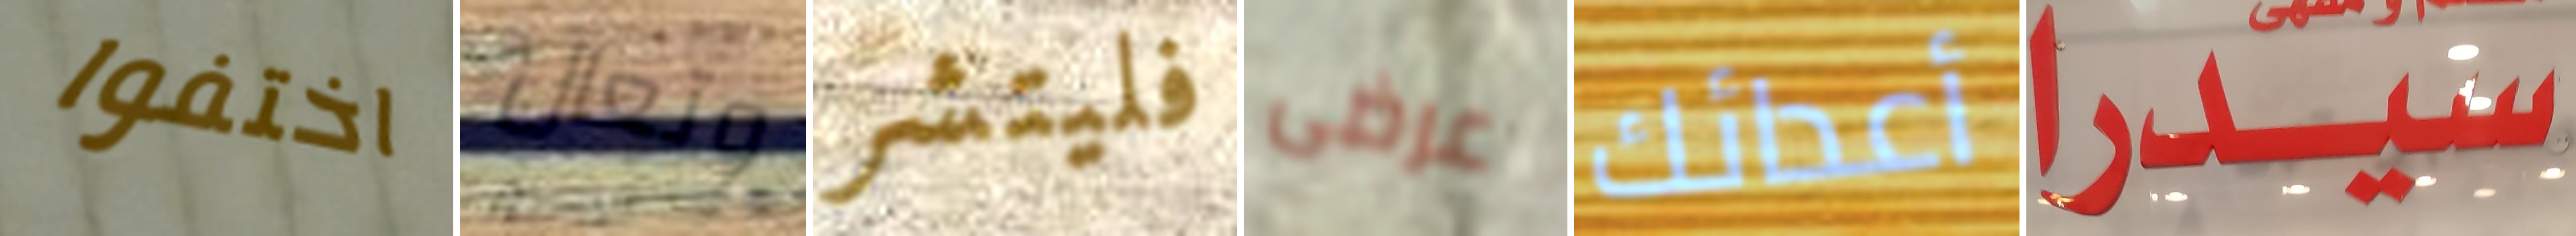
اختفوا وتعال فليتشر عرضى أعدائك سيدرا